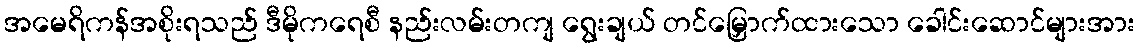
အမေရိကန်အစိုးရသည် ဒီမိုကရေစီ နည်းလမ်းတကျ ရွေးချယ် တင်မြှောက်ထားသော ခေါင်းဆောင်များအား